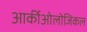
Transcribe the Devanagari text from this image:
आर्कीओलोजिकल